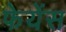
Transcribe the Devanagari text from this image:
फेयेंस